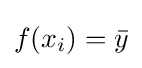
f(x_{i})={\bar {y}}